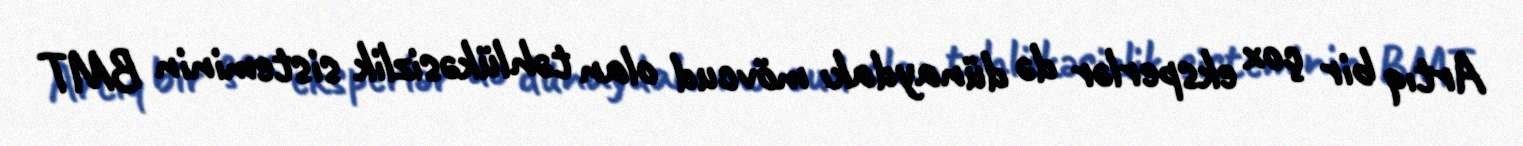
Artıq bir çox eksperlər də dünaydakı mövcud olan təhlükəsizlik sisteminin BMT